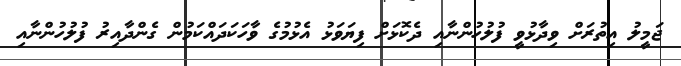
ޖަމީލު އިތުރަށް ވިދާޅުވީ ފުލުހުންނާއި ދެކޮޅަށް ފިޔަވަޅު އެޅުމުގެ ވާހަކަދައްކަމުން ގެންދާއިރު ފުލުހުންނާއި